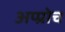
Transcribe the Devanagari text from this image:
अप्प्रोच